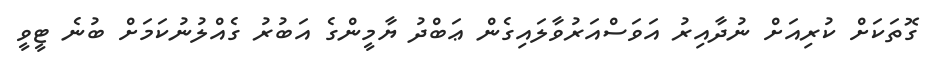
ގޮތަކަށް ކުރިއަށް ނުދާއިރު އަވަސްއަރުވާލައިގެން ޢަބްދު ޔާމީންގެ އަބުރު ގެއްލުނުކަމަށް ބުނެ ޓީވީ